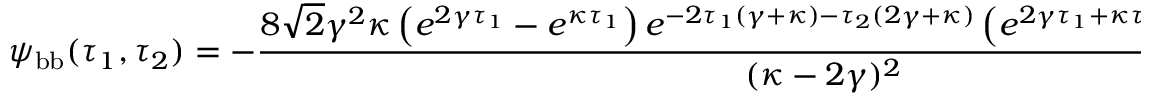
\psi _ { \mathrm { b b } } ( \tau _ { 1 } , \tau _ { 2 } ) = - \frac { 8 \sqrt { 2 } \gamma ^ { 2 } \kappa \left( e ^ { 2 \gamma \tau _ { 1 } } - e ^ { \kappa \tau _ { 1 } } \right) e ^ { - 2 \tau _ { 1 } ( \gamma + \kappa ) - \tau _ { 2 } ( 2 \gamma + \kappa ) } \left( e ^ { 2 \gamma \tau _ { 1 } + \kappa \tau _ { 2 } } - e ^ { \kappa \tau _ { 1 } + 2 \gamma \tau _ { 2 } } \right) } { ( \kappa - 2 \gamma ) ^ { 2 } }